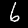
Label: 6